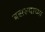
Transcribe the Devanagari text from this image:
बसल्याच्या